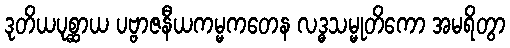
ဒုတိယပုစ္ဆာယ ပဗ္ဗာဇနီယကမ္မကတေန လဒ္ဓသမ္မုတိကော အမရိတွာ